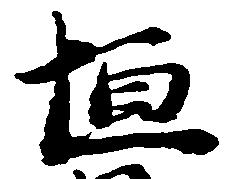
恒